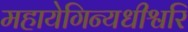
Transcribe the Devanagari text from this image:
महायेगिन्यधीश्वरि